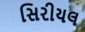
સિરીયલ